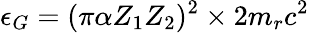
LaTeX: \epsilon_{G}=(\pi\alpha Z_{1}Z_{2})^{2}\times 2m_{r}c^{2}